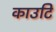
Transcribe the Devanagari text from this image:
काउटि